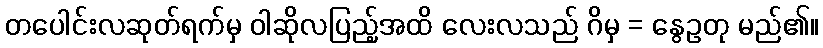
တပေါင်းလဆုတ်ရက်မှ ဝါဆိုလပြည့်အထိ လေးလသည် ဂိမှ = နွေဥတု မည်၏။